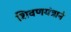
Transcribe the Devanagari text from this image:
शिवणयंत्राने